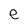
Character: e